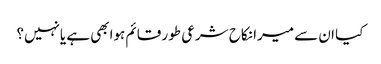
کیا ان سے میرا نکاح شرعی طور قائم ہوابھی ہے یانہیں؟